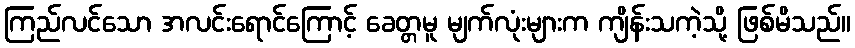
ကြည်လင်သော အလင်းရောင်ကြောင့် ခေတ္တမူ မျက်လုံးများက ကျိန်းသကဲ့သို့ ဖြစ်မိသည်။